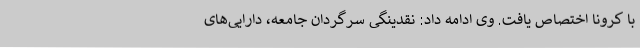
با کرونا اختصاص یافت. وی ادامه داد: نقدینگی سرگردان جامعه، دارایی‌های